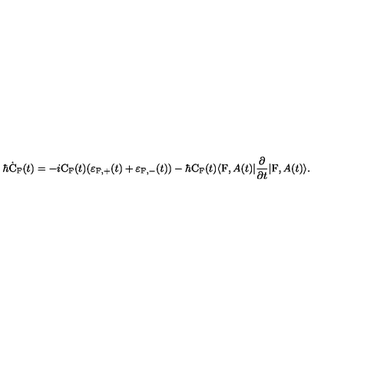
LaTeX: \hbar \dot { \mathrm { C } } _ { \mathrm { F } } ( t ) = - i \mathrm { C } _ { \mathrm { F } } ( t ) ( \varepsilon _ { \mathrm { F } , + } ( t ) + \varepsilon _ { \mathrm { F } , - } ( t ) ) - \hbar \mathrm { C } _ { \mathrm { F } } ( t ) \langle \mathrm { F } , A ( t ) | \frac { \partial } { \partial t } | \mathrm { F } , A ( t ) \rangle .